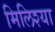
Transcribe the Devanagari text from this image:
मिलिश्या